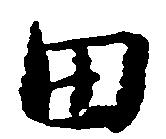
田